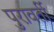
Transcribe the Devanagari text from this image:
पुरावर्ती